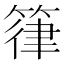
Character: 箻